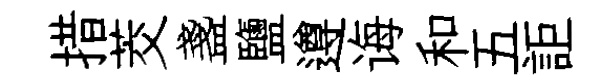
措茭盞鹽遵诲和五詎